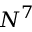
N ^ { 7 }